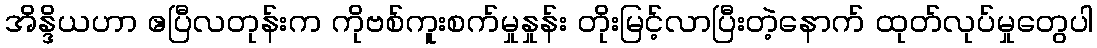
အိန္ဒိယဟာ ဧပြီလတုန်းက ကိုဗစ်ကူးစက်မှုနှုန်း တိုးမြင့်လာပြီးတဲ့နောက် ထုတ်လုပ်မှုတွေပါ